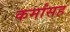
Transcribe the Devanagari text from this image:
कर्मांसह